Report on sanitation, dispensaries, and jails in Rajputana for 1918, and on vaccination for the year 1918-1919 - 1918-1919
Year: 1918
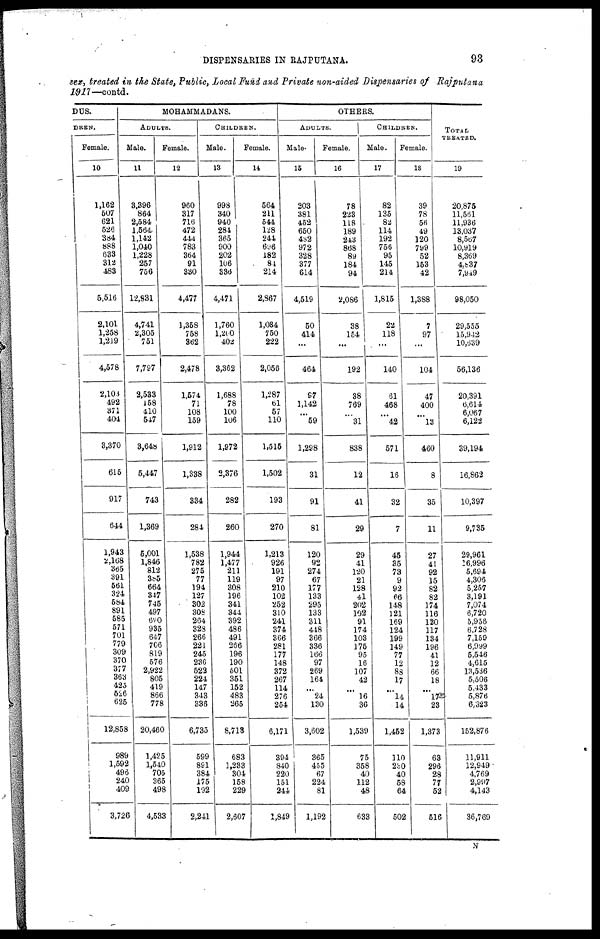
DISPENSARIES IN RAJPUTANA.
93
sex, treated in the State, Public, Local Fund and Private non-aided Dispensaries of Rajputana
1917—contd.
DUS.
DREN.
Female.
10
1,162
507
621
526
384
888
633
312
483
5,516
2,101
1,258
1,219
4,578
2,103
492
371
404
3,370
615
917
644
1,943
2,168
365
391
561
324
584
891
585
571
701
779
309
370
377
363
425
526
625
12,858
989
1,592
496
240
409
3,726
MOHAMMADANS.
ADULTS.
Male.
11
3,396
864
2,584
1,564
1,142
1,040
1,228
257
756
12,831
4,741
2,305
751
7,797
2,533
158
410
547
3,648
5,447
743
1,369
5,001
1,846
812
385
664
347
745
497
690
935
647
706
819
576
2,922
805
419
866
778
20,460
1,425
1,540
705
365
498
4,533
Female.
12
960
317
716
472
444
783
364
91
330
4,477
1,358
758
362
2,478
1,574
71
108
159
1,912
1,338
334
284
1,538
782
275
77
194
127
302
308
264
328
266
221
245
236
522
224
147
343
336
6,735
599
891
384
175
192
2,241
CHILDREN.
Male.
13
998
340
940
284
365
900
202
106
336
4,471
1,760
1,200
402
3,362
1,688
78
100
106
1,972
2,376
282
260
1,944
1,477
211
119
308
196
341
344
392
486
491
266
196
190
501
351
152
483
265
8,713
683
1,233
304
158
229
2,607
Female.
14,
564
211
544
128
244
696
182
84
214
2,867
1,084
750
222
2,056
1,287
61
57
110
1,515
1,502
193
270
1,213
926
191
97
210
102
252
310
241
374
366
281
177
148
372
267
114
276
254
6,171
394
840
220
151
244
1,849
OTHERS.
ADULTS.
Male.
15
203
381
452
650
432
972
328
377
614
4,519
50
414
...
464
97
1,142
...
59
1,298
31
91
81
120
92
274
67
177
133
295
133
311
448
366
336
166
97
269
164
...
24
130
3,602
365
455
67
224
81
1,192
Female.
16
78
223
118
189
243
868
89
184
94
2,086
38
154
...
192
38
769
...
31
838
12
41
29
29
41
120
21
128
41
202
102
91
174
103
175
95
16
107
42
...
16
36
1,539
75
358
40
112
48
633
CHILDREN.
Male.
17
82
135
82
114
192
756
95
145
214
1,815
22
118
...
140
61
468
...
42
571
16
32
7
45
35
73
9
92
66
148
121
169
124
199
149
77
12
88
17
...
14
14
1,452
110
230
40
58
64
502
Female.
18
39
78
56
49
120
799
52
153
42
1,388
7
97
...
104
47
400
...
13
460
8
35
11
27
41
92
15
82
82
174
116
120
117
134
196
41
12
66
18
...
17
23
1,373
63
296
28
77
52
516
TOTAL
TREATED.
19
20,875
11,561
11,936
13,037
8,567
10,919
8,369
4,837
7,949
98,050
29,555
15,942
10,639
56,136
20,391
6,614
6,067
6,122
39,194
16,862
10,397
9,735
29,961
16,996
5,694
4,306
5,257
3,191
7,074
6,720
5,956
6,728
7,159
6,999
5,546
4,615
13,536
5,506
5,433
5,876
6,323
152,876
11,911
12,949
4,769
2,997
4,143
36,769
N